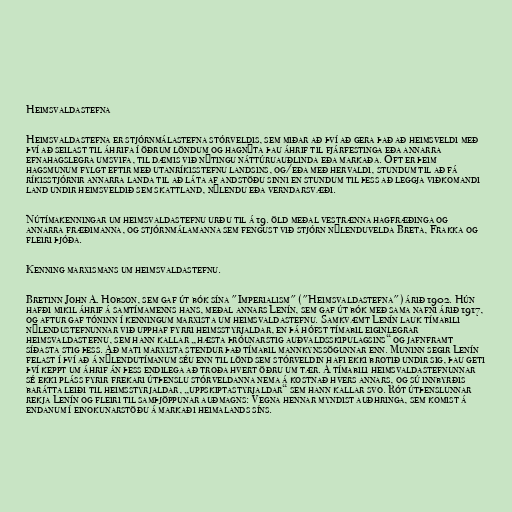
Heimsvaldastefna

Heimsvaldastefna er stjórnmálastefna stórveldis, sem miðar að því að gera það að heimsveldi með
því að seilast til áhrifa í öðrum löndum og hagnýta þau áhrif til fjárfestinga eða annarra
efnahagslegra umsvifa, til dæmis við nýtingu náttúruauðlinda eða markaða. Oft er þeim
hagsmunum fylgt eftir með utanríkisstefnu landsins, og/eða með hervaldi, stundum til að fá
ríkisstjórnir annarra landa til að láta af andstöðu sinni en stundum til þess að leggja viðkomandi
land undir heimsveldið sem skattland, nýlendu eða verndarsvæði.

Nútímakenningar um heimsvaldastefnu urðu til á 19. öld meðal vestrænna hagfræðinga og
annarra fræðimanna, og stjórnmálamanna sem fengust við stjórn nýlenduvelda Breta, Frakka og
fleiri þjóða.

Kenning marxismans um heimsvaldastefnu.

Bretinn John A. Hobson, sem gaf út bók sína "Imperialism" ("Heimsvaldastefna") árið 1902. Hún
hafði mikil áhrif á samtímamenns hans, meðal annars Lenín, sem gaf út bók með sama nafni árið 1917,
og aftur gaf tóninn í kenningum marxista um heimsvaldastefnu. Samkvæmt Lenín lauk tímabili
nýlendustefnunnar við upphaf fyrri heimsstyrjaldar, en þá hófst tímabil eiginlegrar
heimsvaldastefnu, sem hann kallar „hæsta þróunarstig auðvaldsskipulagsins“ og jafnframt
síðasta stig þess. Að mati marxista stendur það tímabil mannkynssögunnar enn. Muninn segir Lenín
felast í því að á nýlendutímanum séu enn til lönd sem stórveldin hafi ekki brotið undir sig, þau geti
því keppt um áhrif án þess endilega að troða hvert öðru um tær. Á tímabili heimsvaldastefnunnar
sé ekki pláss fyrir frekari útþenslu stórveldanna nema á kostnað hvers annars, og sú innbyrðis
barátta leiði til heimsstyrjaldar, „uppskiptastyrjaldar“ sem hann kallar svo. Rót útþenslunnar
rekja Lenín og fleiri til samþjöppunar auðmagns: Vegna hennar myndist auðhringa, sem komist á
endanum í einokunarstöðu á markaði heimalands síns.